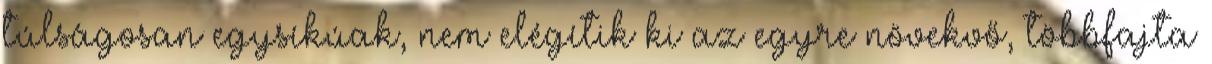
túlságosan egysíkúak, nem elégítik ki az egyre növekvő, többfajta